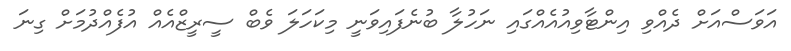
އަވަސްއަށް ދެއްވި އިންޓާވިއުއެއްގައި ނަހުލާ ބުނެފައިވަނީ މިކަަހަލަ ވެބް ސީރީޒްއެއްް އުފެއްދުމަށް ގިނަ